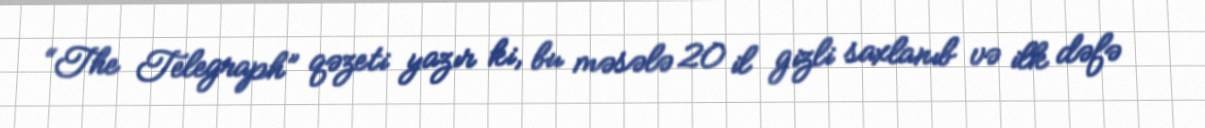
“The Telegraph” qəzeti yazır ki, bu məsələ 20 il gizli saxlanıb və ilk dəfə